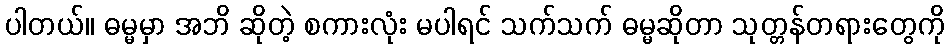
ပါတယ်။ ဓမ္မမှာ အဘိ ဆိုတဲ့ စကားလုံး မပါရင် သက်သက် ဓမ္မဆိုတာ သုတ္တန်တရားတွေကို